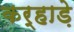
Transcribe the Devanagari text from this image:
कर्हाड़े